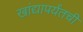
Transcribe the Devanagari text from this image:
खांद्यापर्यंतची